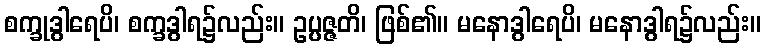
စက္ခုဒွါရေပိ၊ စက္ခဒွါရ၌လည်း။ ဥပ္ပဇ္ဇတိ၊ ဖြစ်၏။ မနောဒွါရေပိ၊ မနောဒွါရ၌လည်း။